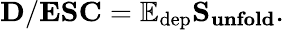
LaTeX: \mathbf{D}/\mathbf{ESC}=\mathbb{E_{\mathrm{dep}}}\mathbf{S_{unfold}}.